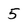
Character: 5